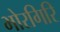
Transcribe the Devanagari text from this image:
भोरगिरि